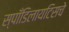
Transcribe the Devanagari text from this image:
स्पाँडिलायटिसचे